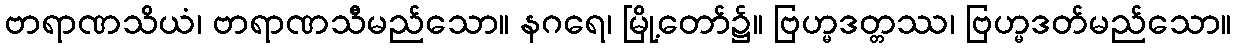
ဗာရာဏသိယံ၊ ဗာရာဏသီမည်သော။ နဂရေ၊ မြို့တော်၌။ ဗြဟ္မဒတ္တဿ၊ ဗြဟ္မဒတ်မည်သော။